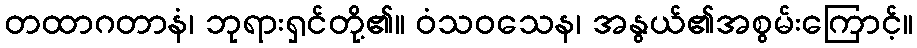
တထာဂတာနံ၊ ဘုရားရှင်တို့၏။ ဝံသဝသေန၊ အနွယ်၏အစွမ်းကြောင့်။